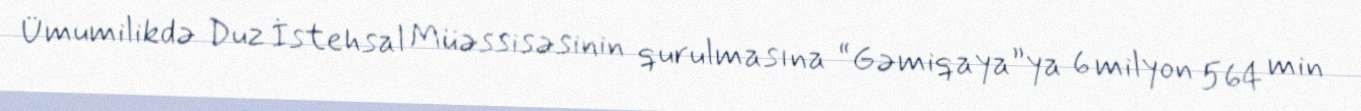
Ümumilikdə Duz İstehsal Müəssisəsinin qurulmasına “Gəmiqaya”ya 6 milyon 564 min